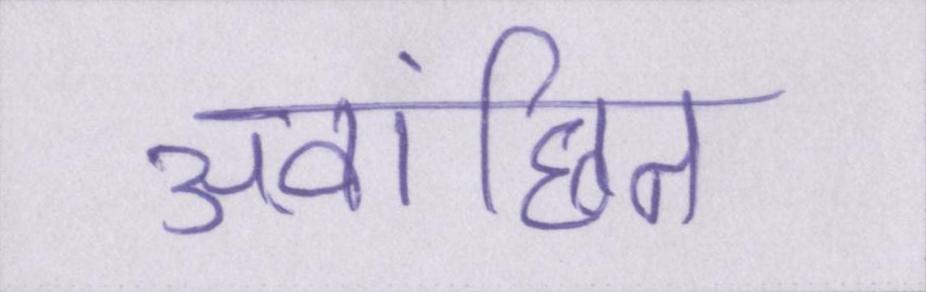
अवांछित